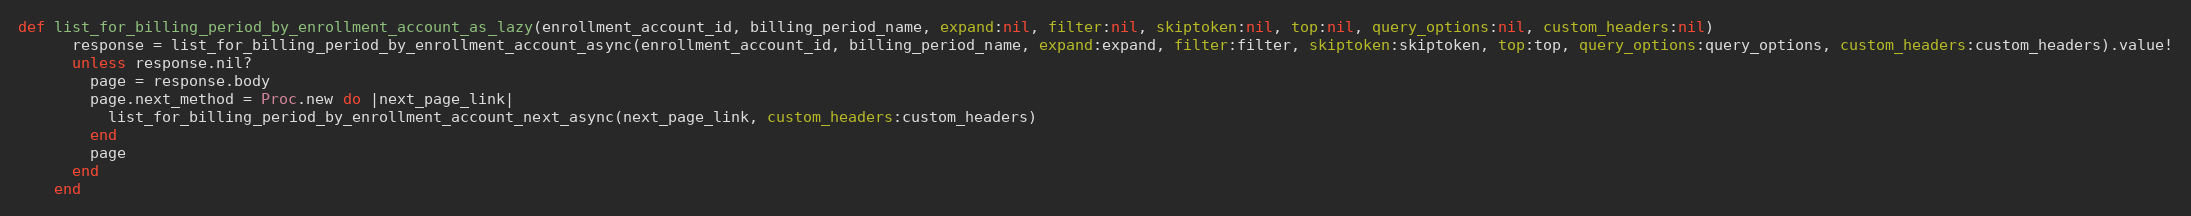
Language: Ruby
def list_for_billing_period_by_enrollment_account_as_lazy(enrollment_account_id, billing_period_name, expand:nil, filter:nil, skiptoken:nil, top:nil, query_options:nil, custom_headers:nil)
      response = list_for_billing_period_by_enrollment_account_async(enrollment_account_id, billing_period_name, expand:expand, filter:filter, skiptoken:skiptoken, top:top, query_options:query_options, custom_headers:custom_headers).value!
      unless response.nil?
        page = response.body
        page.next_method = Proc.new do |next_page_link|
          list_for_billing_period_by_enrollment_account_next_async(next_page_link, custom_headers:custom_headers)
        end
        page
      end
    end